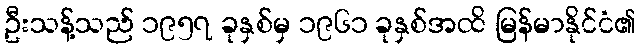
ဦးသန့်သည် ၁၉၅၇ ခုနှစ်မှ ၁၉၆၁ ခုနှစ်အထိ မြန်မာနိုင်ငံ၏